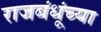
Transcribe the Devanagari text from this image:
राजबंधूंच्या